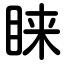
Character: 睐